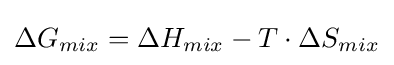
\Delta G_{mix}=\Delta H_{mix}-T\cdot \Delta S_{mix}